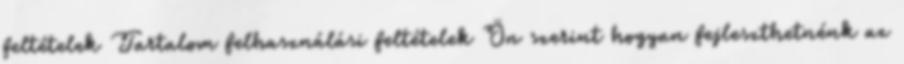
feltételek Tartalom felhasználási feltételek Ön szerint hogyan fejleszthetnénk az